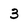
Character: 3